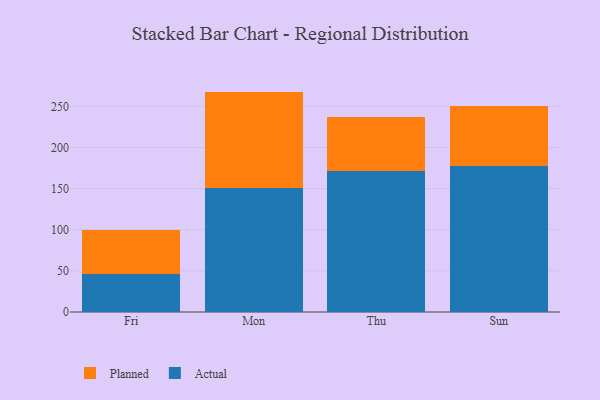
{"axis": {"x": "Day", "y": "Page Views"}, "legend": ["Actual", "Planned"], "data": [{"x": "Fri", "y": 46.7, "type": "Actual"}, {"x": "Fri", "y": 53.4, "type": "Planned"}, {"x": "Mon", "y": 150.5, "type": "Actual"}, {"x": "Mon", "y": 117.5, "type": "Planned"}, {"x": "Thu", "y": 171.7, "type": "Actual"}, {"x": "Thu", "y": 65.2, "type": "Planned"}, {"x": "Sun", "y": 177.8, "type": "Actual"}, {"x": "Sun", "y": 72.4, "type": "Planned"}]}